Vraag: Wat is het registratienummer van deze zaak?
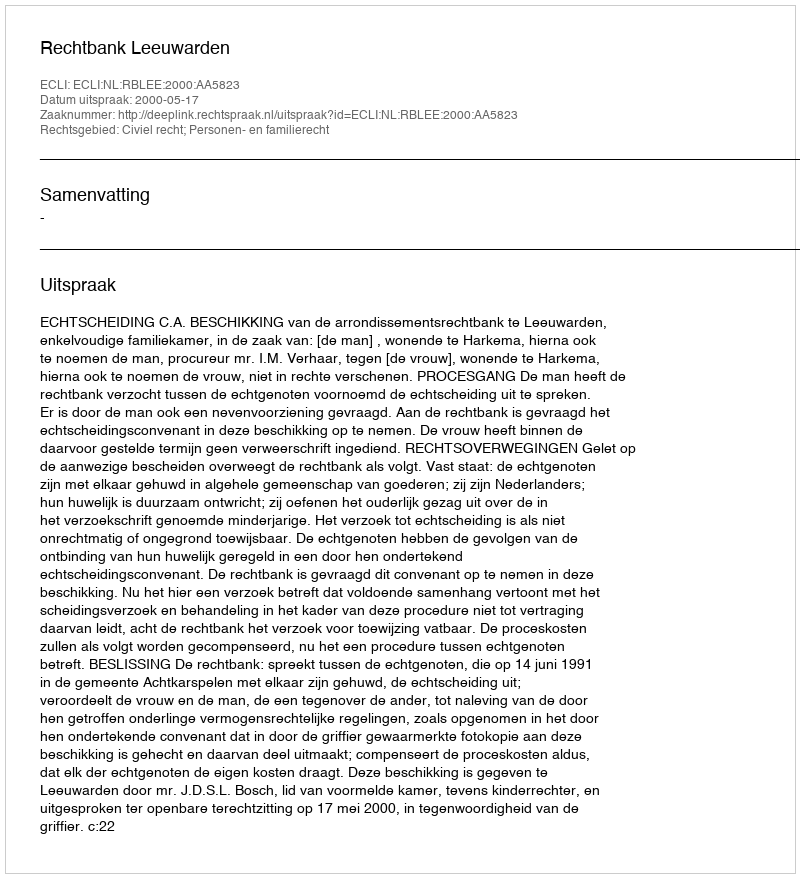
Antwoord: http://deeplink.rechtspraak.nl/uitspraak?id=ECLI:NL:RBLEE:2000:AA5823